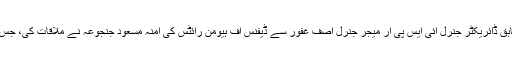
پاکستانی فوج کے شعبہ تعلقات عامہ کے مطابق ڈائریکٹر جنرل آئی ایس پی آر میجر جنرل آصف غفور سے ڈیفنس آف ہیومن رائٹس کی آمنہ مسعود جنجوعہ نے ملاقات کی، جس میں لاپتا افراد سے متعلق بات چیت کی گئی۔